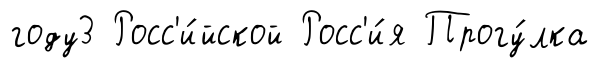
году3 Росс'и́йской Росс'и́я Прогу́лка